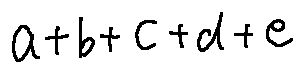
a + b + c + d + e